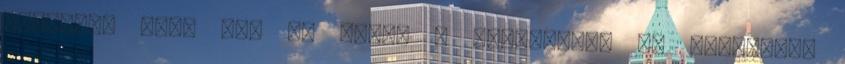
farokból sem. Meg is ijedt a Mikulásom, és kisurrant